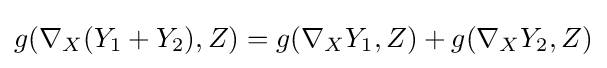
g(\nabla _{X}(Y_{1}+Y_{2}),Z)=g(\nabla _{X}Y_{1},Z)+g(\nabla _{X}Y_{2},Z)